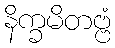
နိက္ခမိတဗ္ဗံ